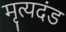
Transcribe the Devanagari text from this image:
मृत्यदंड